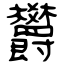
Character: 欝